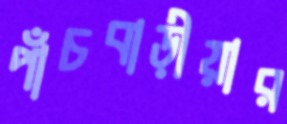
পাঁচবাড়ীয়ার